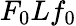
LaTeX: F_{0}Lf_{0}